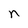
Character: n